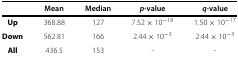
|  | Mean | Median | p-value | q-value |
 | --- | --- | --- | --- | --- |
 | Up | 368.88 | 127 | 7.52×10−18 | 1.50×10−17 |
 | Down | 562.81 | 166 | 2.44×10−3 | 2.44×10−3 |
 | All | 436.5 | 153 | - | - |